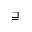
\sqsupseteq